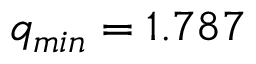
q _ { m i n } = 1 . 7 8 7